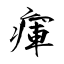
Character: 瘒